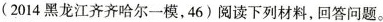
(2014黑龙江齐齐哈尔一模，46)阅读下列材料，回答问题。